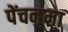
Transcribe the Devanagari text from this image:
पेंचनुमा